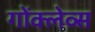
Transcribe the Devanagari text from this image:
गोंक्लेव्स